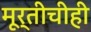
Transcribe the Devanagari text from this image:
मूर्तीचीही